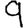
Digit: 9